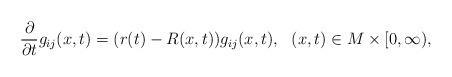
LaTeX: \begin{align*}\frac{\partial}{\partial t} g_{ij}(x ,t) = (r(t)- R(x, t)) g_{ij}(x ,t), \ \ (x, t) \in M \times [0, \infty),\end{align*}